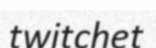
twitchet